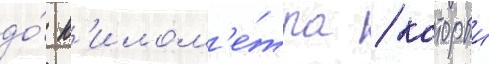
до́ к'илом'е́тра / которыи